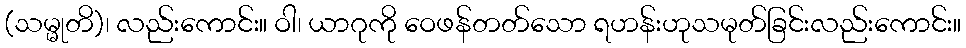
(သမ္မုတိ)၊ လည်းကောင်း။ ဝါ၊ ယာဂုကို ဝေဖန်တတ်သော ရဟန်းဟုသမုတ်ခြင်းလည်းကောင်း။